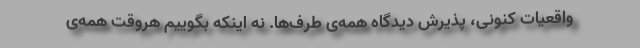
واقعیات کنونی، پذیرش دیدگاه همه‌ی‌ طرف‌ها. نه اینکه بگوییم هروقت همه‌ی